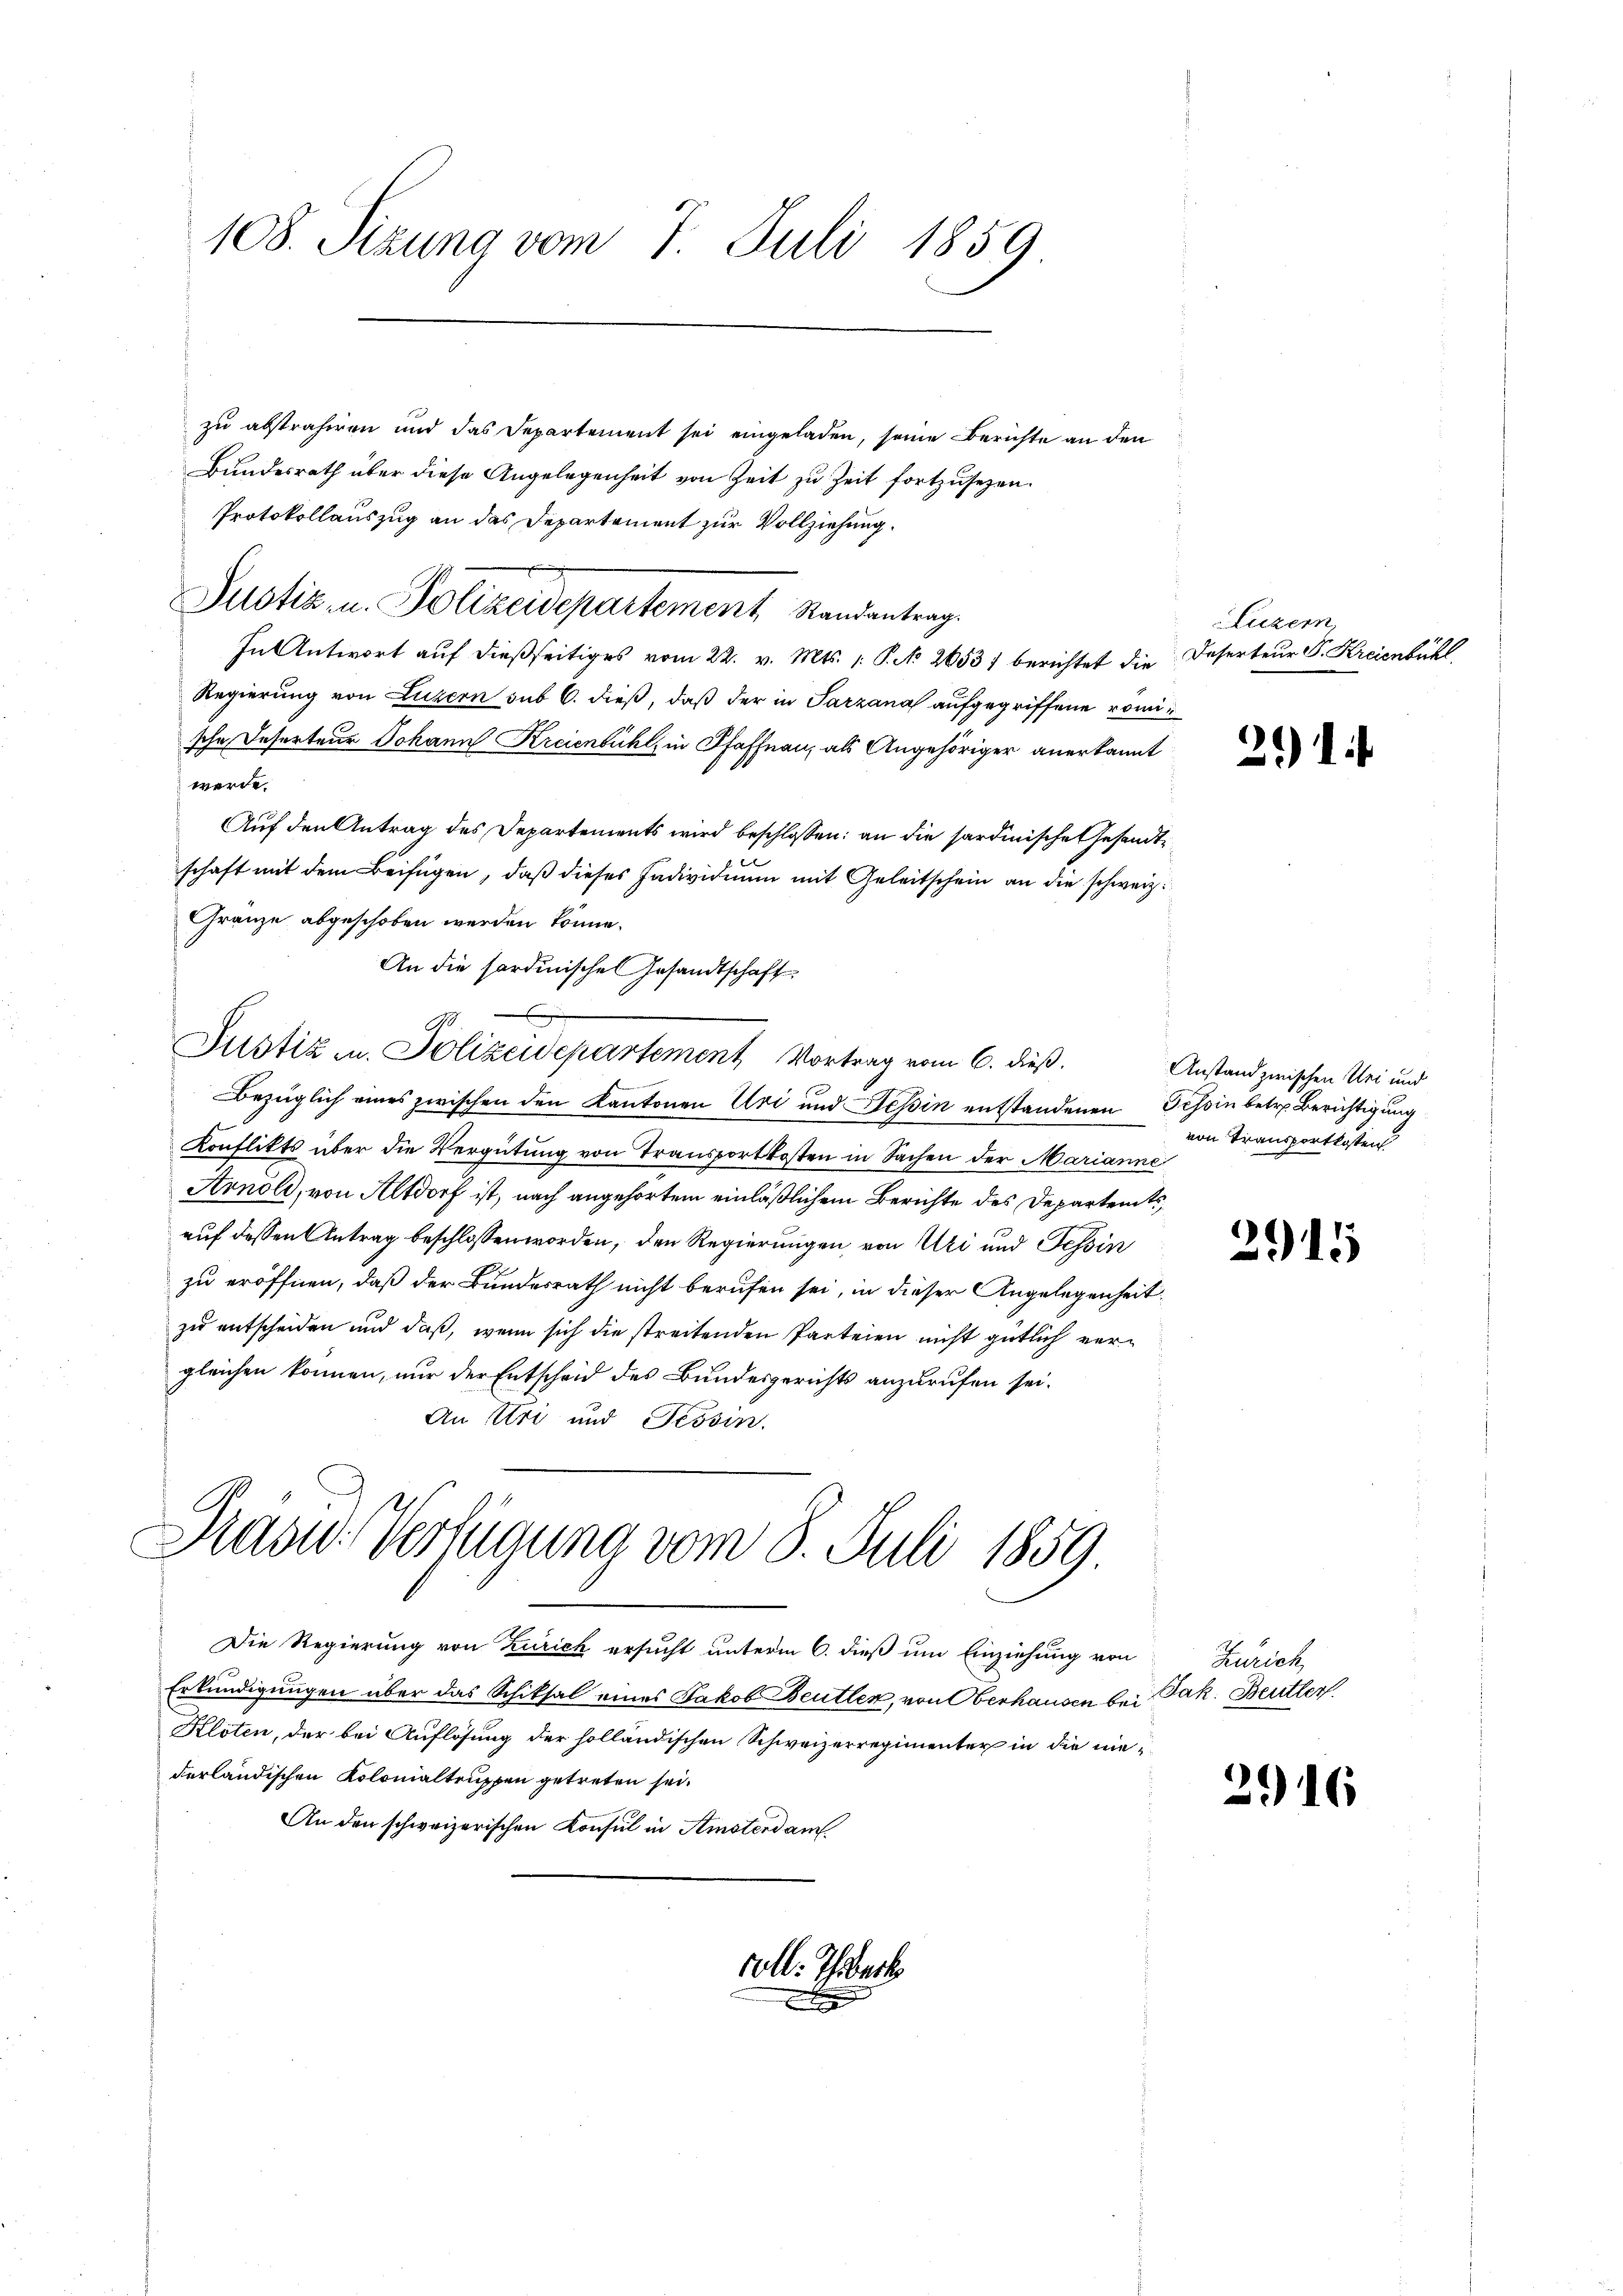
108. Sizung vom 7. Juli 1859

zu abstraferen und das Departement sei eingeladen, seine Berichte an den
Bundesrath über diese Angelegenheit von Zeit zu Zeit fortzusetzen.
Protokollauszug an das Departement zur Vollziehung.
Justiz u. Polizeidepartement Randantrag.
In Antwort auf dießseitiges vom 22. v. Mts. 1. P. Nr. 2653) berichtet die Deserteur P. Kreienbühl,
Regierung von Luzern sub 6. dieß, daß der in Parzana aufgegriffene romische Inserteur Johann Kreienbühl, in Pfaffnau, als Angehöriger anerkannt
werde.
Auf den Antrag des Departements wird beschlossen: an die sardinische Gesandte
u
schaft mit dem Beifügen, daß dieses Individium mit Geleitschein an die schweiz.
Gränze abgeschoben werden könne.
An die sardinische Gesandtschaft
G.
Justiz u. Polizeidepartement Vortrag vom 6. dieß.
Bezüglich eines zwischen den Kantonen Uri und Tessin entstandenen Tessin betr. Berichtigung
Konflikts über die Vergütung von Transportkosten in Sachen der Marianne
Arnold, von Altdorf ist, nach angehörtem einläßlichem Berichte des Departents,
auf dessen Antrag beschlossen worden, den Regierungen, von Uri und Tessin
zu eröffnen, daß der Bundesrath nicht berufen sei, in dieser Angelegenheit
zu entscheiden und daß, wenn sich die streitenden Parteien nicht gütlich vergleichen können, nur der Entscheid des Bundesgerichts anzurufen sei.
An Uri und Tessin.

Prau. Verfügung vom 8. Juli 1859

Die Regierung von Zürich ersucht unterm 6. dieß um Einziehung von Zürich
Erkundigungen über das Schiksal eines Jakob Beutlen, von Oberhausen bei Jak. Beutter
Kloten, der bei Auflösung der holländischen Schweizerregimenter in die nie-
derländischen Kolonialtruppen getreten sei.
An den schweizerischen Konsul in Amsterdam

coll. Thibert

Luzern,

211

Anstand zwischen Sei und
von Transportkosten

2915

2916